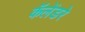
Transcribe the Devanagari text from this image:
कॅलेंडरे